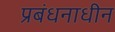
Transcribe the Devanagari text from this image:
प्रबंधनाधीन